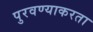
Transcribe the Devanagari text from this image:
पुरवण्याकरता